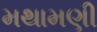
મથામણી